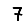
Digit: 7